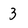
Character: 3